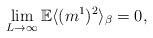
LaTeX: \begin{align*}\lim_{L\to \infty} \mathbb E \langle (m^1)^2 \rangle_{\beta} =0,\end{align*}